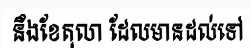
នឹងខែតុលា ដែលមានដល់ទៅ